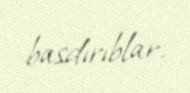
basdırıblar.